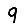
Digit: 9